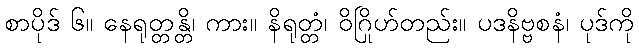
စာပိုဒ် ၆။ နေရုတ္တန္တိ၊ ကား။ နိရုတ္တံ၊ ဝိဂြိုဟ်တည်း။ ပဒနိဗ္ဗစနံ၊ ပုဒ်ကို